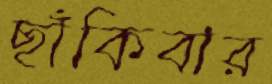
ছাঁকিবার